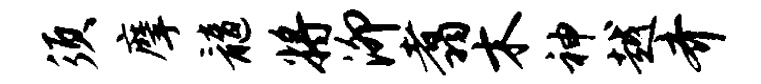
须摩髓将泖翥木神越齐